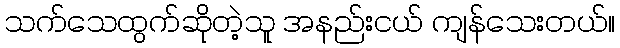
သက်သေထွက်ဆိုတဲ့သူ အနည်းငယ် ကျန်သေးတယ်။